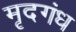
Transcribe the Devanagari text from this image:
मृदगंध